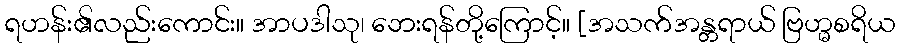
ရဟန်း၏လည်းကောင်း။ အာပဒါသု၊ ဘေးရန်တို့ကြောင့်။ [အသက်အန္တရာယ် ဗြဟ္မစရိယ